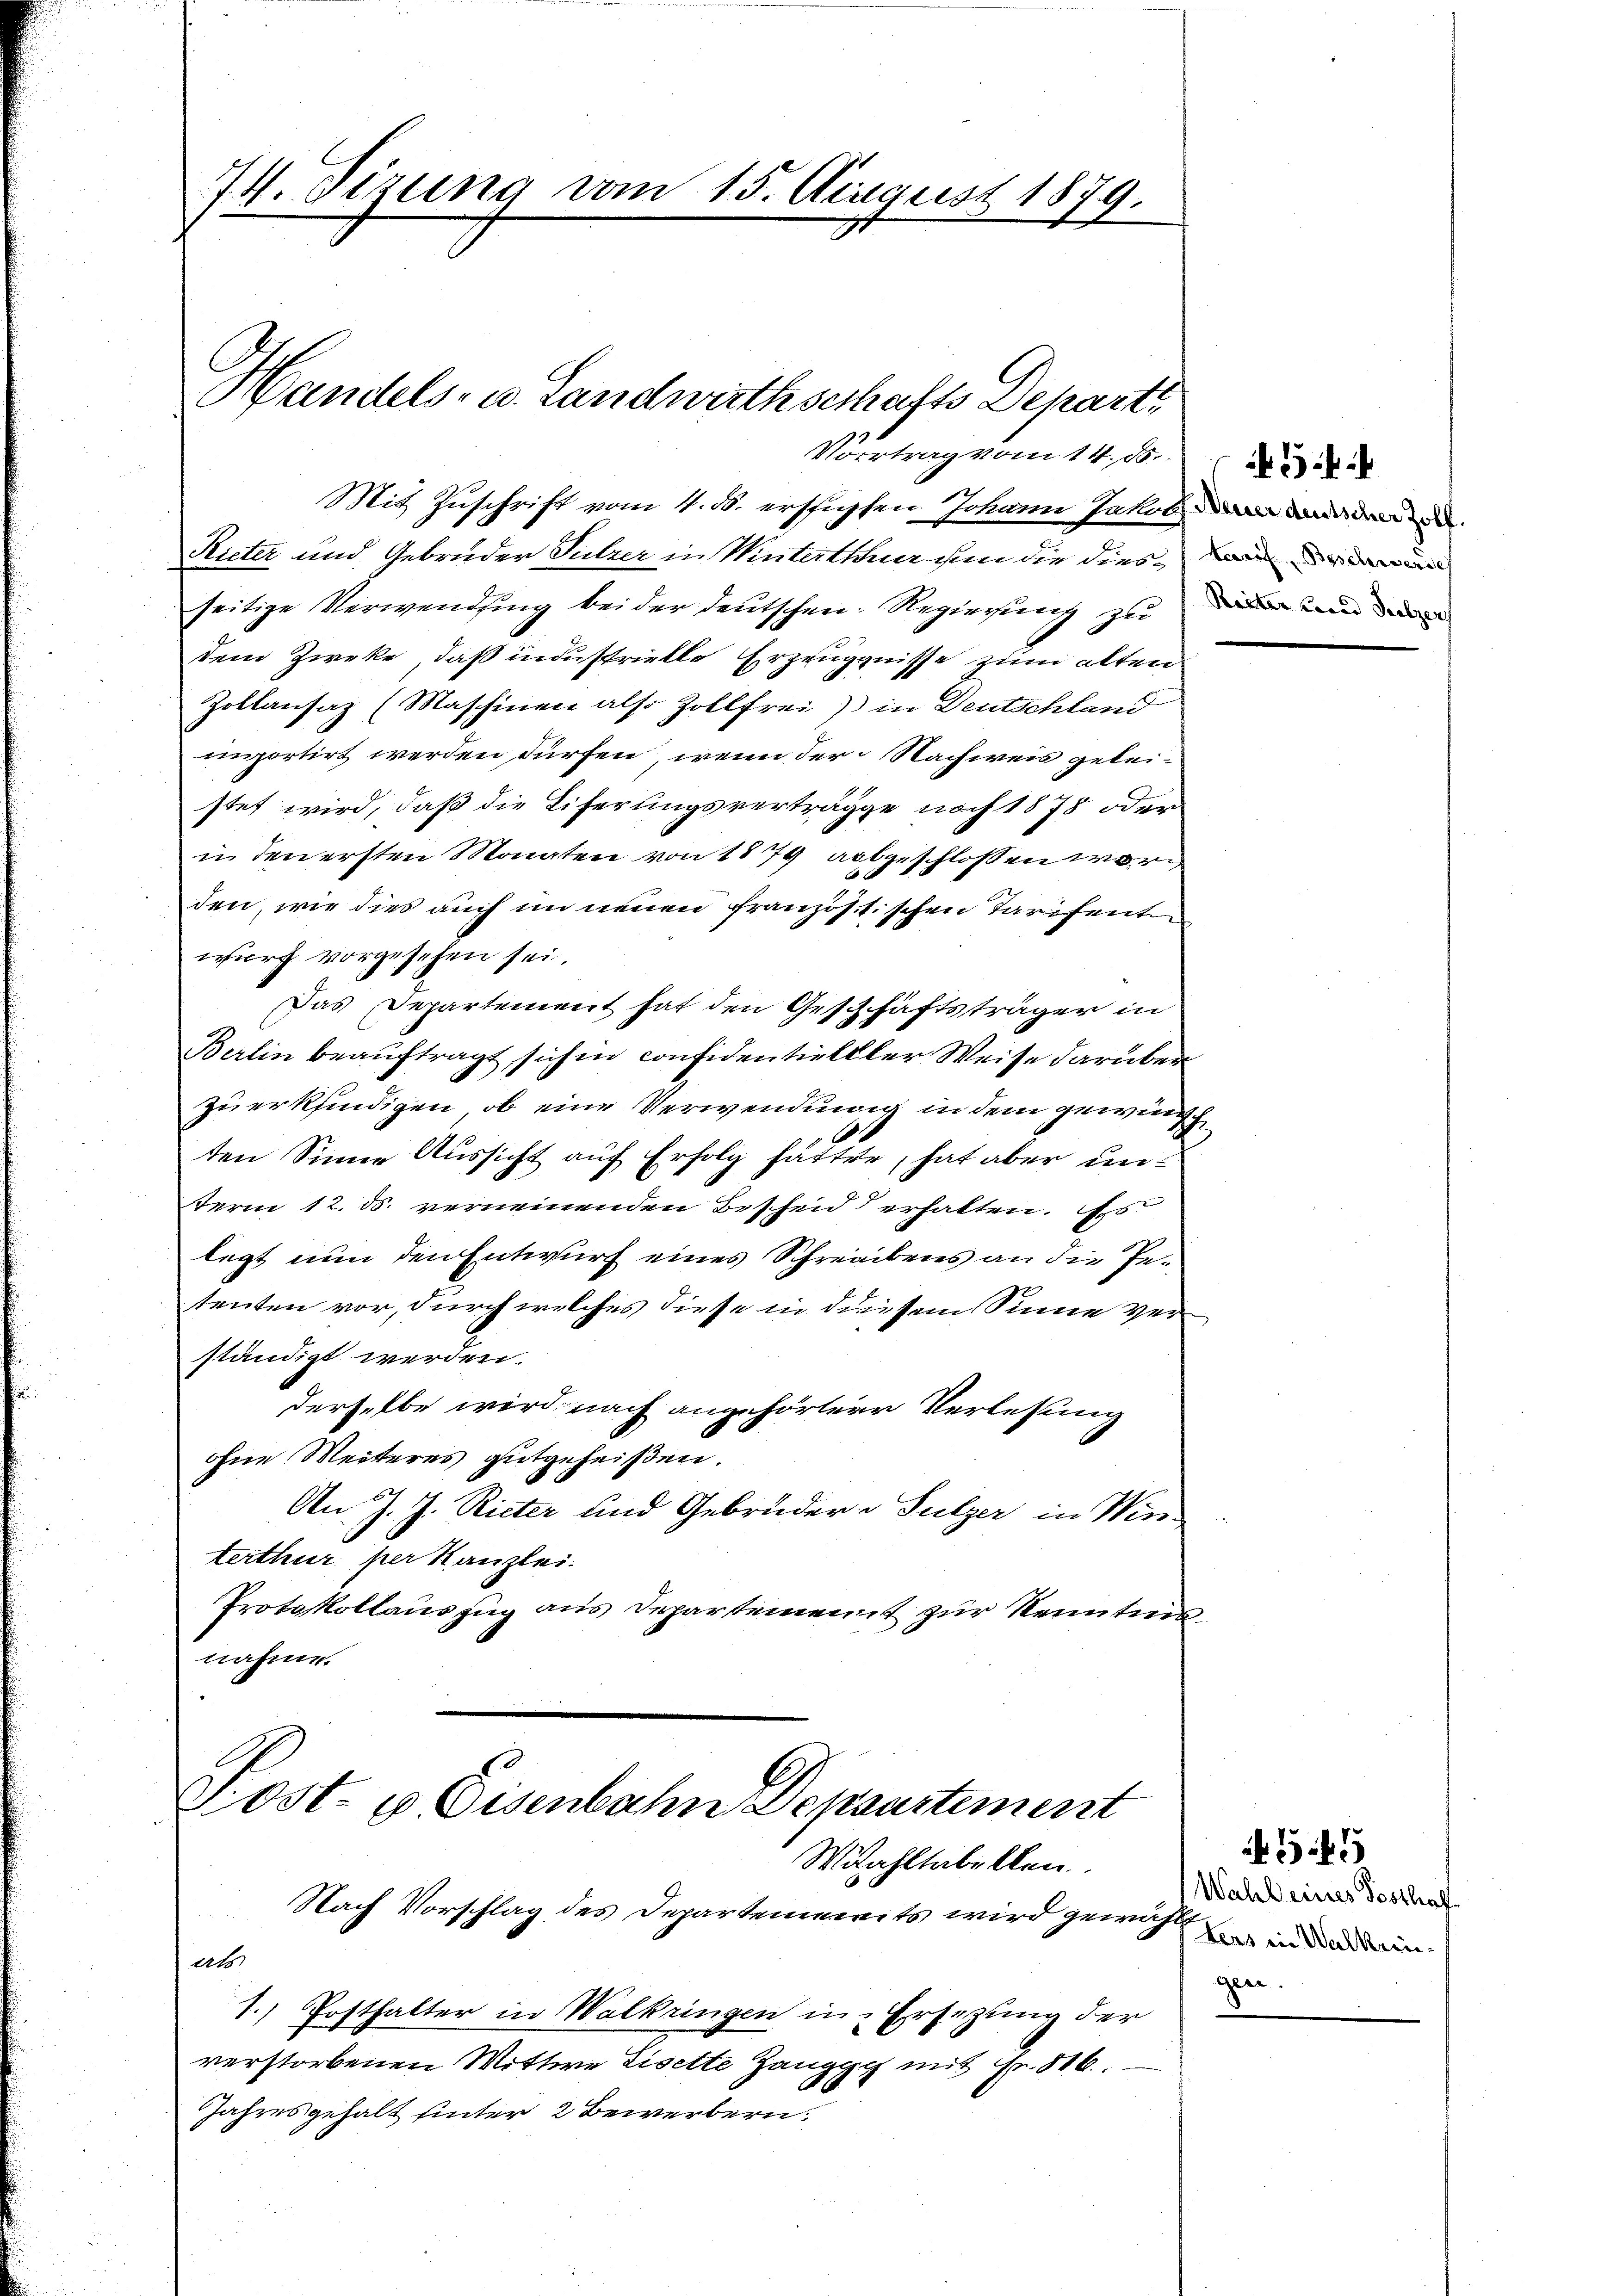
74. Sizung vom 15. August 1879.
Handels- u. Landwirthschafts Departi
Vortrag vom 14. d.

Ricter und Gebrüder Sulzer in Winterthur in die diesseitige Verwending bei der deutschen Regierung zu und da
dem Zweke, daß industrielle Erzeuggnisse zum alten
Zollansaz (Maschinen also Zollfrei) in Deutschland
importirt werden dürfen, wenn der Nachweis geleistet wird, daß die Eiferungsverträgge noch 1878 oder
u den ersten Monaten von 1879 abgeschlossen wäre

den, wie dies auch im neuen französischen Tarifenten
wurf vorgesehen sei.
Das Departement hat den Geschäftsträger in
Berlin beauftragt sich in confidentielller Weise darüber
zuerkendigen, ob eine Verwendung in dem gewünsch
ten Sinne Aussicht auf Erfolg hätten, hat aber unterm 12. ds. verneinenden Bescheid & erhalten. Es
legt nun den Entwurf eines Schreibens an die Petenten vor, durch welches diese in diesem Sinne verständigt werden.
derselbe wird nach angehörter Verlesung
ohne Weiteres gutgeheißen.
An J. J. Rieter und Gebrüder - Sulzer in Win-
terthur per Kanzlei.
Protokollauszug aus Departement zur Kenntnisnahme.

Mit Zuschrift vom 4. ds. erschüpfen Johann Jakob an de

Post- & Eisenbahn Departement
Witahltabellen.
Nach Vorschlag des Departements wird gewähals

1. Posthalter in Walkringen in Ersetzung der
verstorbenen Mittwe Liselte Zangg mit Fr. 816.
Jahres gehalt hinter 2 Bewerbern.

3

Wahl eines Festhaf
tens in Walkreisgen.

545